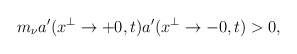
\begin{align*}m_\nu a'(x^\perp\to +0,t)a'(x^\perp\to -0,t)>0,\end{align*}